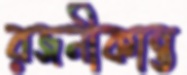
রজনীকান্ত